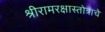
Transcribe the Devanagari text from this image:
श्रीरामरक्षास्तोत्राचे